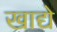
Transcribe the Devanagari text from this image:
खाद्ये